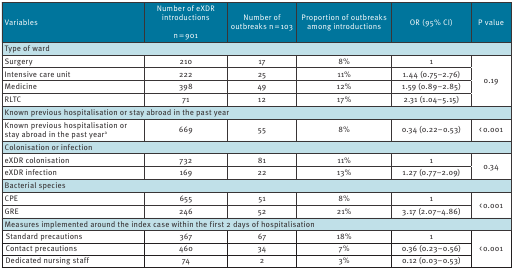
| Variables | Number of eXDR introductionsn = 901 | Number of outbreaks n = 103 | Proportion of outbreaks among introductions | OR (95% CI) | P value |
 | --- | --- | --- | --- | --- | --- |
 | <COLSPAN=6> Type of ward |
 | Surgery | 210 | 17 | 8% | 1 | <ROWSPAN=4> 0.19 |
 | Intensive care unit | 222 | 25 | 11% | 1.44 (0.75–2.76) |
 | Medicine | 398 | 49 | 12% | 1.59 (0.89–2.85) |
 | RLTC | 71 | 12 | 17% | 2.31 (1.04–5.15) |
 | <COLSPAN=6> Known previous hospitalisation or stay abroad in the past year |
 | Known previous hospitalisation or stay abroad in the past yeara | 669 | 55 | 8% | 0.34 (0.22–0.53) | < 0.001 |
 | <COLSPAN=6> Colonisation or infection |
 | eXDR colonisation | 732 | 81 | 11% | 1 | <ROWSPAN=2> 0.34 |
 | eXDR infection | 169 | 22 | 13% | 1.27 (0.77–2.09) |
 | <COLSPAN=6> Bacterial species |
 | CPE | 655 | 51 | 8% | 1 | <ROWSPAN=2> < 0.001 |
 | GRE | 246 | 52 | 21% | 3.17 (2.07–4.86) |
 | <COLSPAN=6> Measures implemented around the index case within the first 2 days of hospitalisation |
 | Standard precautions | 367 | 67 | 18% | 1 | <ROWSPAN=3> < 0.001 |
 | Contact precautions | 460 | 34 | 7% | 0.36 (0.23–0.56) |
 | Dedicated nursing staff | 74 | 2 | 3% | 0.12 (0.03–0.53) |